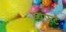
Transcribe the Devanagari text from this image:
व्यूफर्ट